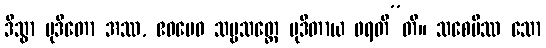
ဒိသွာ မုဒိတော အဿ, ဧဝမေဝ သဗ္ဗသတ္တေ မုဒိတာယ ဖရတီ”တိ။ သစေပိဿ သော